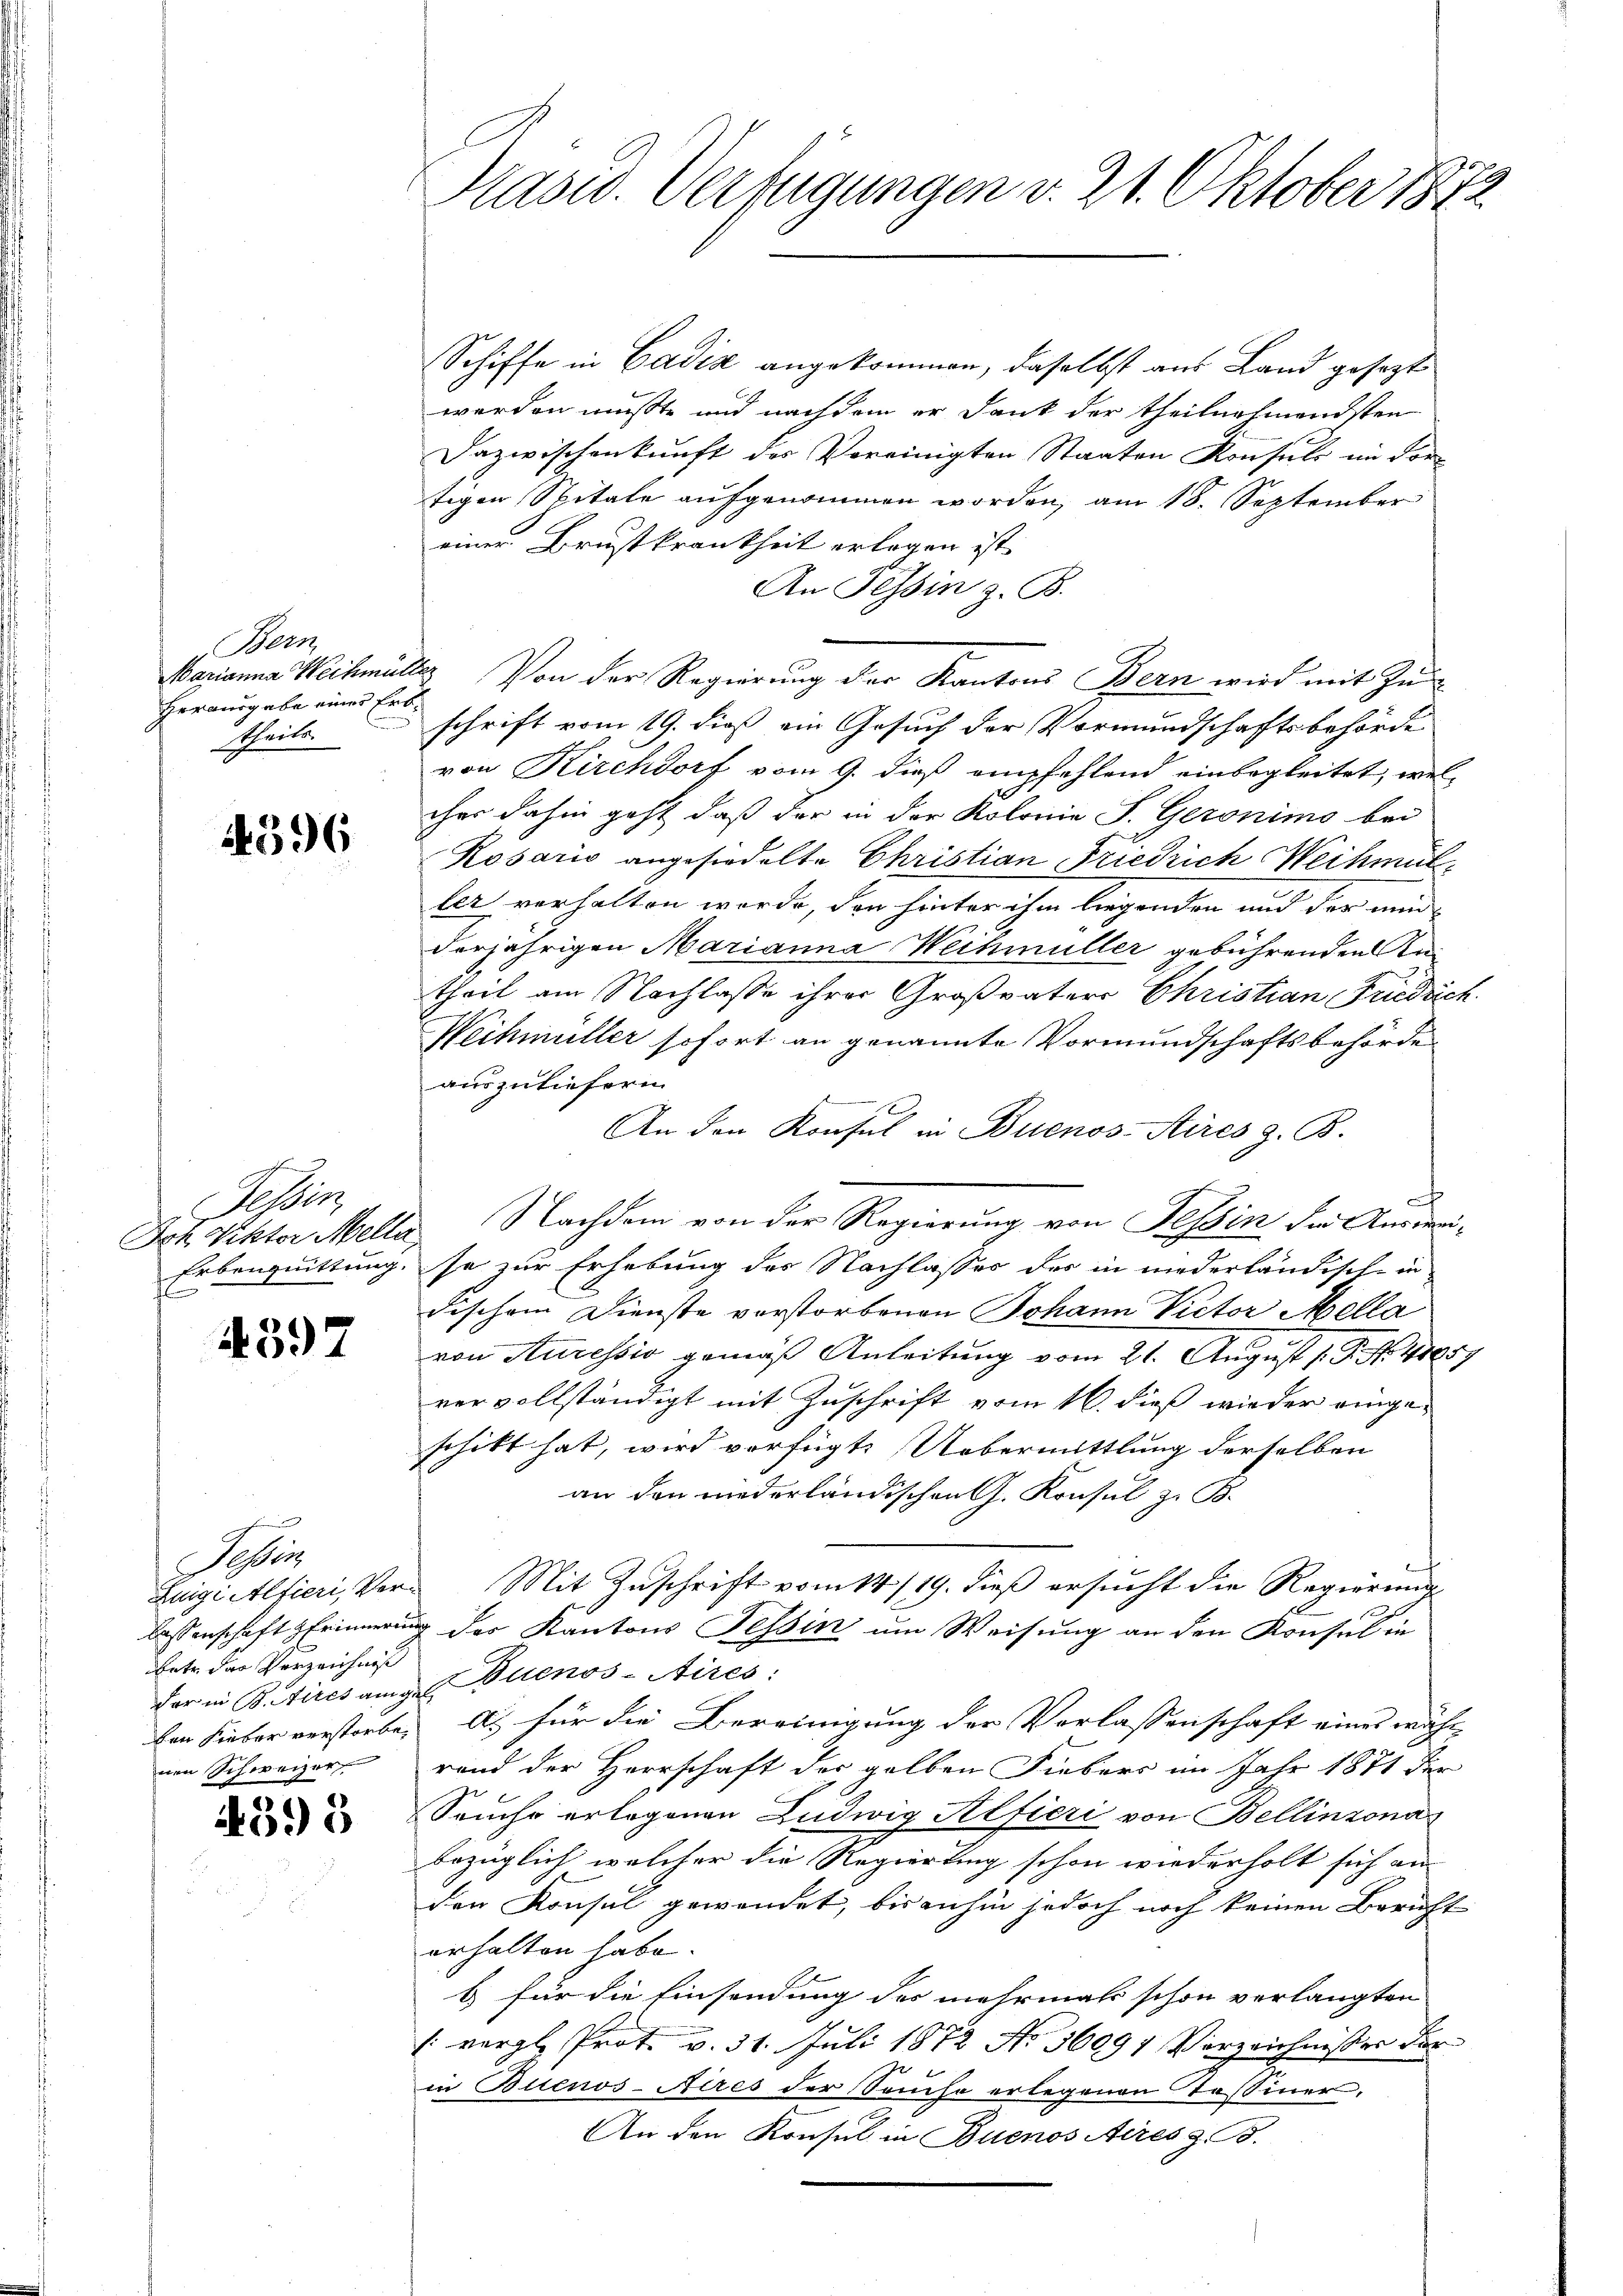
Bern
Marianna Wechmül
Herausgabe einer fro
nd
theils.

4396

Fessen
Erbenquittung.
f

4397

Sche
betr. das Verzeichniß
dar in B. Stires ange
ben hieber verstorbenen Schweizer

4395

Präsid. Verfügungen v. 21. Oktober 1872

Schiffe in Badis angekommen, daselbst aus Land gesezt
werden mußte und nachdem er Dank der theilnahmendsten
Dazwischenkunft des Vereinigten Staaten Konsuls im Fortigen Spitale aufgenommen worden, am 18. September
einer Brustkrankheit erlegen ist.
An Tessin z. B.
1) Von der Regierung der Kantons Bern wird mit Zuschrift vom 19. dieß ein Gesuch der Vormundschaftsbehörde
von Kirchdorf vom 9. dieß empfehlend einbegleitet, welcher dahin geht, daß der in der Kolonie S. Geronimo bei
Rosario angesiedelte Christian Friedrich Weihmuller verhalten wurde, den hinter ihm liegenden und der müd
derjährigen Marianna Weihmüller gebührenden Antheil am Nachlasse ihrer Großvaters Christian Friedrich
Weihmüller sofort an genannte Vormundschaftsbehörde
auszuliefern.
An den Konsul in Buenos-Aires z. B.
Ich. Viktor Melle Nachdem von der Regierung von Tessin der Ausweise zur Erhebung des Nachlasses der in niederländische in
Fischem Dienste vorstorbenen Johann Victor Mella
von Auressio gemäß Anleitung vom 21. August 19. No. 41857
vervollständigt mit Zuschrift vom 16. dieß wieder eingeschikt hat, wird vorfügt: Uebermittlung derselben
an den niederländischen G. Konsul z. B.
Luigialfieri, Ver¬ Mit Zuschrift vom 14/19. dieß ersucht die Regierung
lassenschaft Erinnerung der Kantons Tessin um Weisung an den Konsul in
Buenos-Aires:
s
a) für die Bereinigung der Verlassenschaft eines währ-
rand der Herrschaft der gelben Fiebers im Jahr 1871 der
Seuche erlegenen Ludwig Alfieri von Bellinzona
bezüglich welcher die Regierung schon wiederholt sich an
den Konsul gewendet, bis anhin jedoch noch keinen Bericht
erhalten habe.
b) für die Einsendung der mehrmals schon verlangten
(vergl. Prot. v. 31. Juli 1872 No 16097 Verzeichnisser der
in Buenos-Aires der Sache erlegenen Tassiner.
An den Konsul in Buenos Aires z. B.